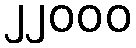
၂၂၀၀၀